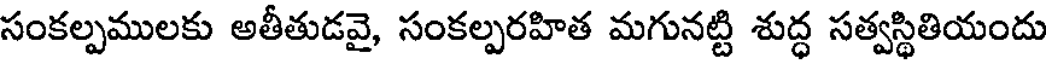
సంకల్పములకు అతీతుడవై, సంకల్పరహిత మగునట్టి శుద్ధ సత్వస్థితియందు